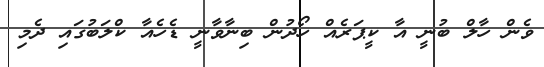
ވެން ހާލް ބުނީ އާ ކީޕަރެއް ހޯދުން ބިނާވާނީ ޑެހެއާ ކްލަބުގައި ދެމި